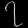
Digit: ၇